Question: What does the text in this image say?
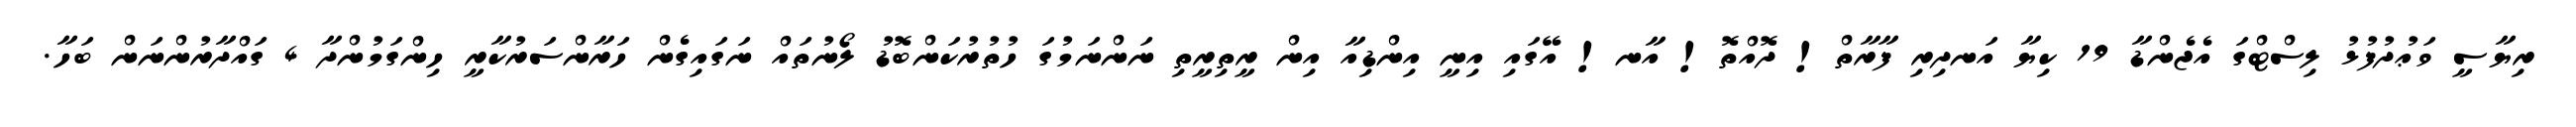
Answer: ރިޔާސީ ވަޢުދުފުޅު ލިސްޓްގަ އެޖެންޑާ 19 ކިޔާ އަނދިރި ފާރާތް! ދޮއްތޮ! އާނ! އޭގައި އިނީ އިންޑިއާ އިން ރީތިރީތި ނަންނަމުގަ ހުތުރުކަންބޮޑު ލޯނުތައް ނަގައިގެން ހަރާންސަރުކާރީ ހިންގަމުންދާ 4 ގައްދާރުންނަން ބަހާ.